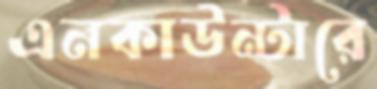
এনকাউন্টারে